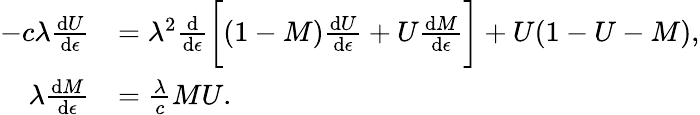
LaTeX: \begin{array}{rl}{-c\lambda\frac{\mathrm{d}U}{\mathrm{d}\epsilon}}&{=\lambda^{2}\frac{\mathrm{d}}{\mathrm{d}\epsilon}\bigg[(1-M)\frac{\mathrm{d}U}{\mathrm{d}\epsilon}+U\frac{\mathrm{d}M}{\mathrm{d}\epsilon}\bigg]+U(1-U-M),}\\ {\lambda\frac{\mathrm{d}M}{\mathrm{d}\epsilon}}&{=\frac{\lambda}{c}MU.}\end{array}